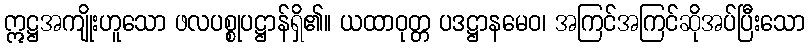
ဣဋ္ဌအကျိုးဟူသော ဖလပစ္စုပဋ္ဌာန်ရှိ၏။ ယထာဝုတ္တ ပဒဋ္ဌာနမေဝ၊ အကြင်အကြင်ဆိုအပ်ပြီးသော